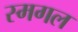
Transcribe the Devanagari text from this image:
स्मगल